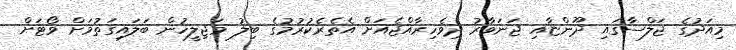
މިއަދުގެ ޖަލްސާގައި ދޫންޏާއި ޖަނަވާރު ދިވެހިރާއްޖެއަށް އެތެރެކުރުމުގެ ބިލު މަޖިލީހުން ބަލައިގަތުމަށް ވޯޓަށް